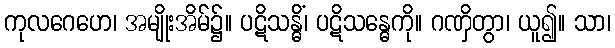
ကုလဂေဟေ၊ အမျိုးအိမ်၌။ ပဋိသန္ဓိံ၊ ပဋိသန္ဓေကို။ ဂဏှိတွာ၊ ယူ၍။ သာ၊